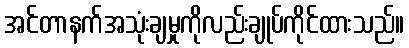
အင်တာနက်အသုံးချမှုကိုလည်းချုပ်ကိုင်ထားသည်။